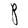
Character: P